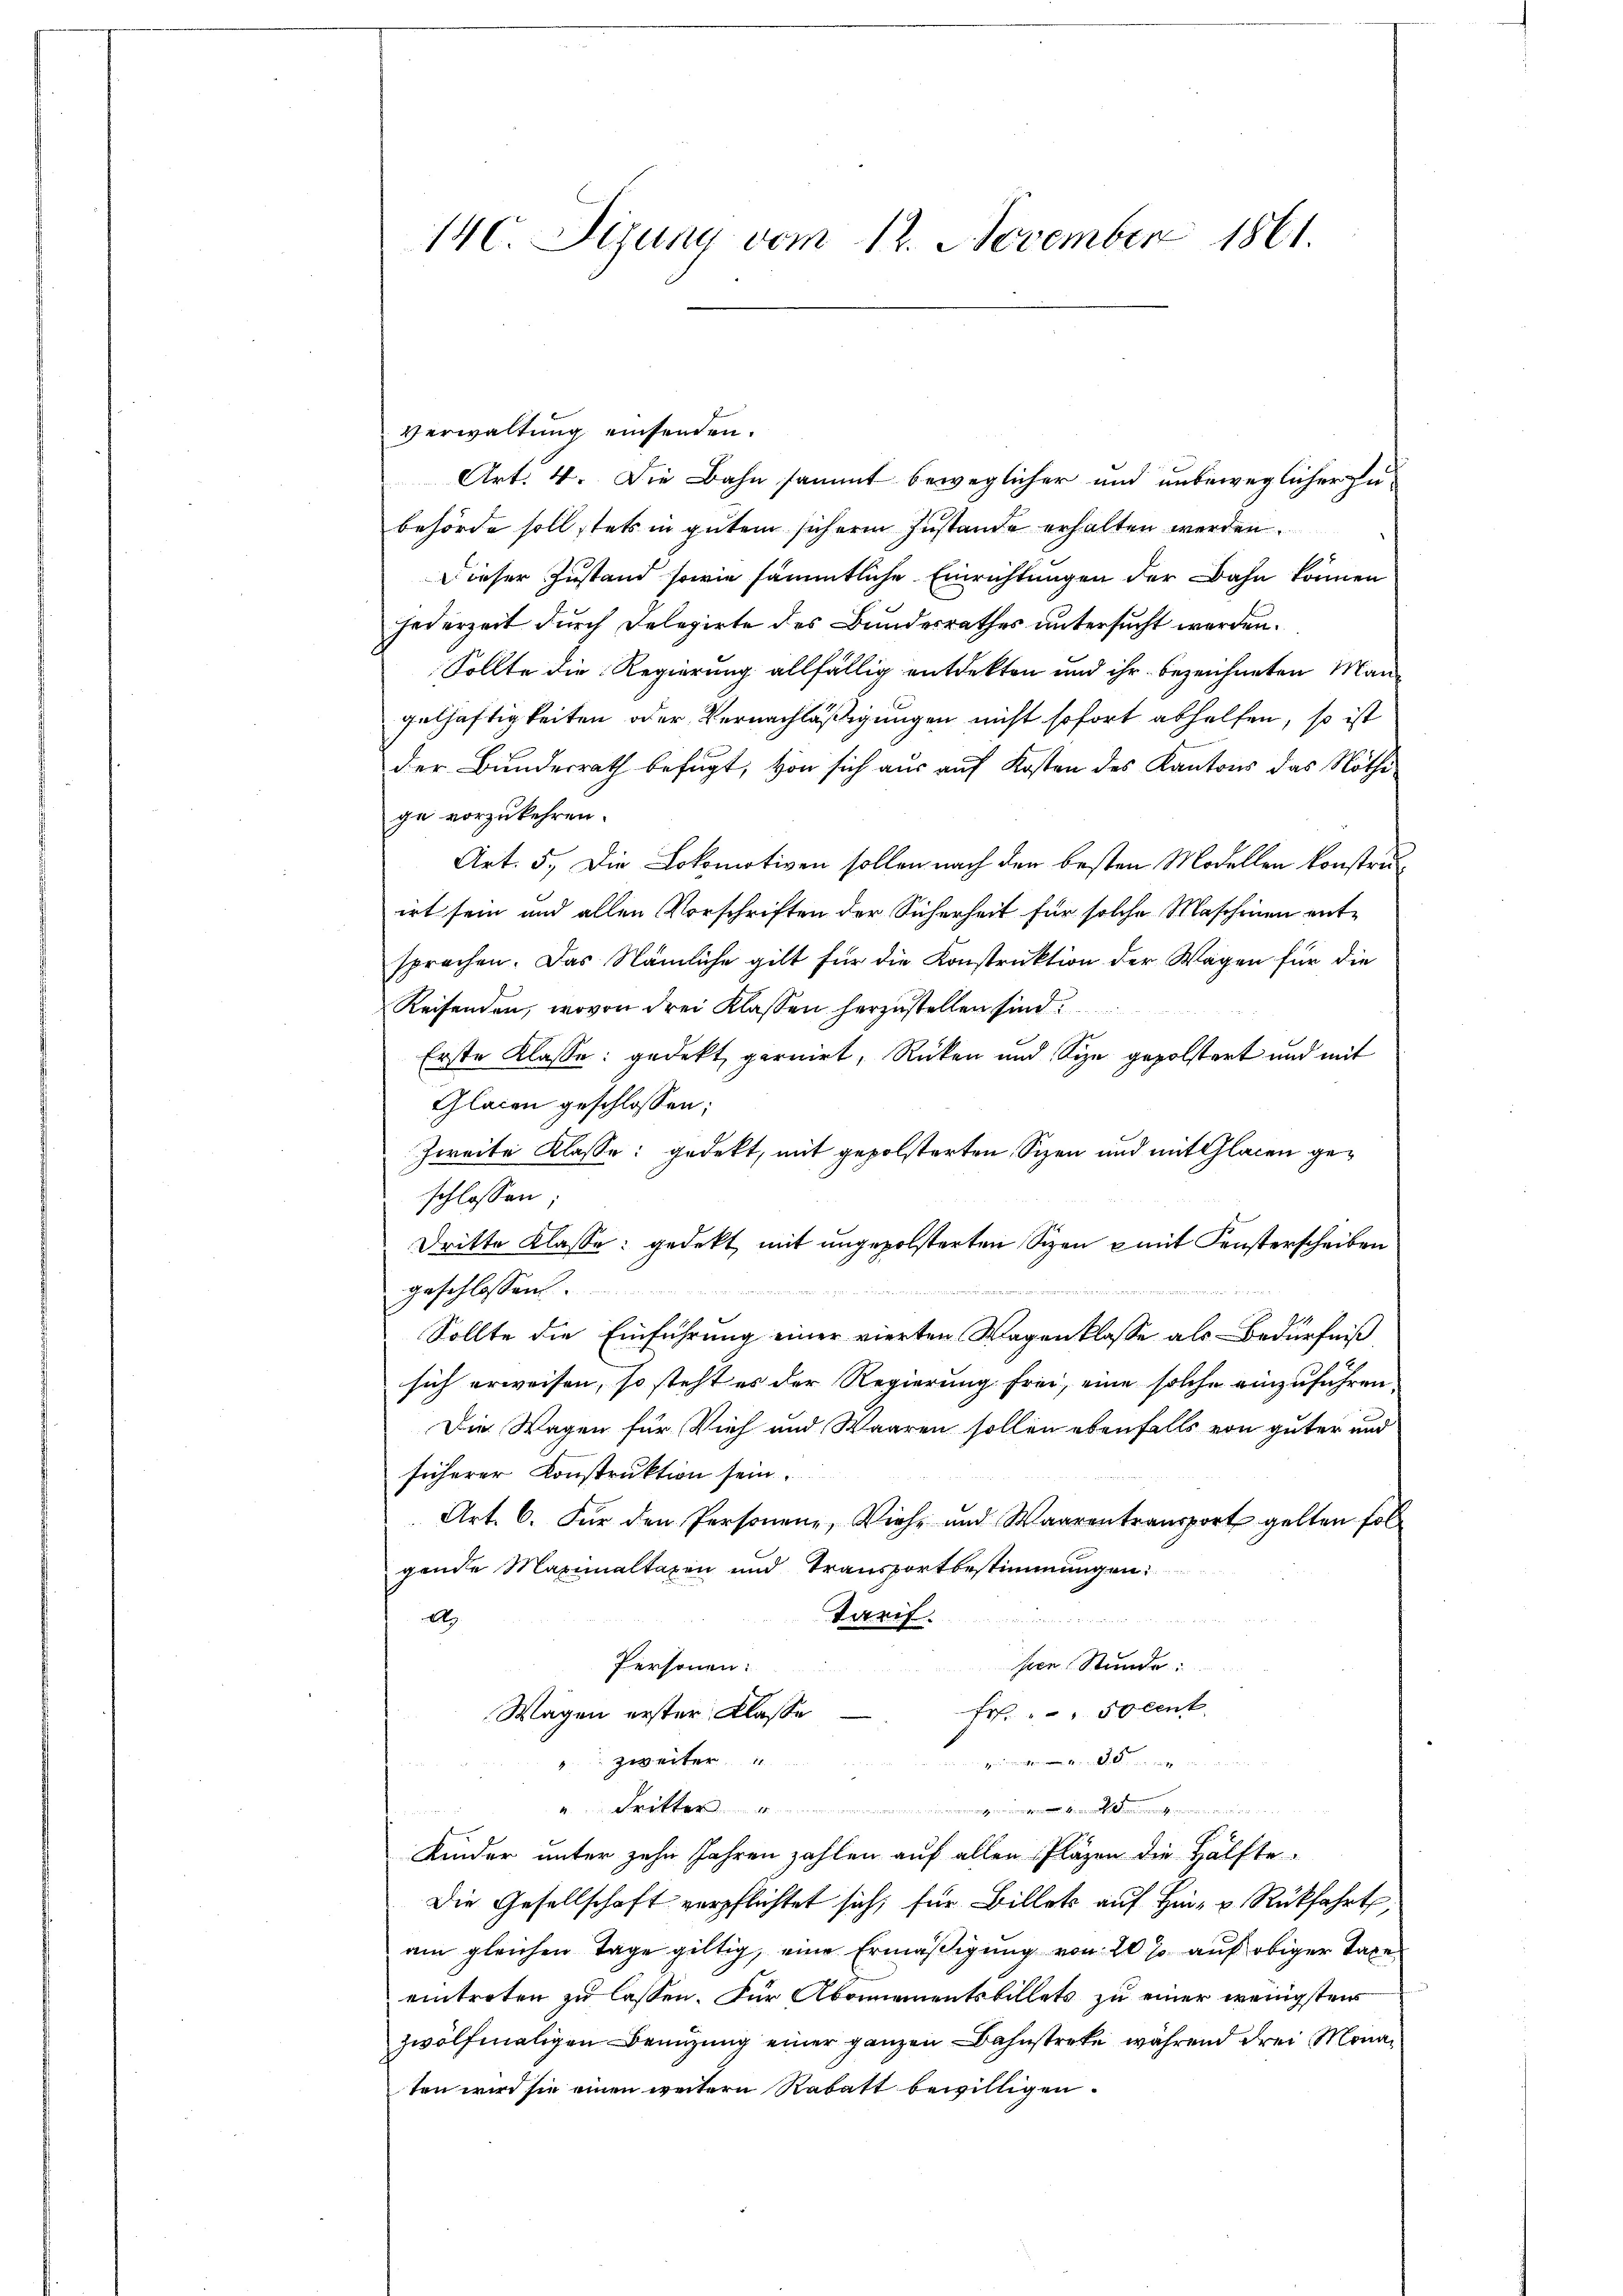
140. Sizung vom 12. November 1861.

Verwaltung einsenden.
Art. 4. Die Bahn sammt beweglicher und unbeweglicher Zubehörde soll stets in gutem sichere Zustande erhalten werden.
Dieser Zustand sowie sämmtliche Einrichtungen der Bahn können
Federzeit durch Delegirte des Bundesrathes untersucht werden.
Sollte die Regierung allfällig entdekten und ihr bezeichneten Mangelhaftigkeiten oder Vernachläßigungen nicht sofort abhelfen, so ist
der Bundesrath befugt, von sich aus auf Kosten des Kantons das Nöthige vorzukehren.
Art. 5. Die Lokomotiven sollen nach den besten Modellen konstruirt sein und allen Vorschriften der Sicherheit für solche Maschinen entsprochen. Das Nämliche gilt für die Konstruktion der Wagen für die
Reisenden, wovon drei Klassen herzustellen sind.
Erste Klasse: gedekt, garnirt, Rücken und Sie gepolstert und mit
Glaien geschlossen:
Zweite Klasse: gedekt, mit gepolsterten Sizen und mit Glacen geschlossen
Dritte Klasse gedekt, mit ungepolsterten Sizen u mit Fensterscheiben
geschlossen
Sollte die Einführung einer vierten Wagenklasse als Bedürfniß
sich erweisen, so steht es der Regierung frei, eine solche einzuführen
Die Wagen für Vieh und Waaren sollen ebenfalls von guter und
sicherer Konstruktion sein.
Art. 6. Für den Personen, Viehe und Waarentransport gelten folgende Maximaltaxen und Transportbestimmungen:
A
a
u
hren Stunde:
Personen:
Frh. " " Socent
Wagen erster Klasse
" zweiter
.
u. Dritter.......................
u
Kinder unter zehn Jahren zahlen auf allen Pläzen die Hälfte
Die Gesellschaft verpflichtet sich, für Billet auf hin- u. Rückfahrt
am gleichen Tage giltig, eine Ermäßigung von 20 % auf obiger Taxe
eintreten zu lassen. Für Abonnementsbillets zu einer wenigstens
zwölfmaligen Benuzung einer ganzen Bahnstreke, während drei Monaten wird sie einen weitern Rabatt bewilligen.